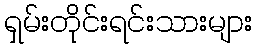
ရှမ်းတိုင်းရင်းသားများ